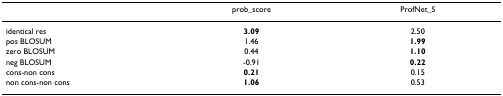
|  | prob_score | ProfNet_S |
 | --- | --- | --- |
 | identical res | 3.09 | 2.50 |
 | pos BLOSUM | 1.46 | 1.99 |
 | zero BLOSUM | 0.44 | 1.10 |
 | neg BLOSUM | -0.91 | 0.22 |
 | cons-non cons | 0.21 | 0.15 |
 | non cons-non cons | 1.06 | 0.53 |